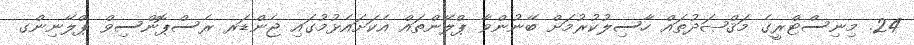
24. މިނިސްޓްރީގެ މަޤްޞަދުތައް ހާސިލުކުރުމަށް ބޭނުންވާ ޕްލޭންތައް އެކަށައެޅުމުގައި ޖެންޑަރ ރެސްޕޮންސިވް ޕްލޭނިންގ